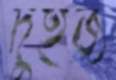
দুইজ